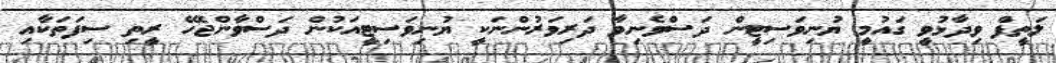
ލަތީފް ވިދާޅުވީ ގައުމީ ޔުނިވަސިޓީން ދަސްވެނިވާ ދަރިވަރުންނަކީ ޔުނިވަސިޓީއަކުން ދަސްވާންޖެހޭ ރީތި ސިފަތަކާއި